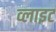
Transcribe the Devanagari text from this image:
व्‍लाइट